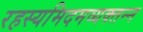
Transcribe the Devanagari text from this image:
रहस्यमिदमव्यक्तन्न